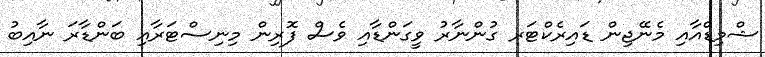
ޝްމިޑްއާއި މެނޭޖިން ޑައިރެކްޓަރ ގުންނާރު ވީގަންޑާއި ވެސް ފޮރިން މިނިސްޓަރާއި ބަންޑާރަ ނާއިބު